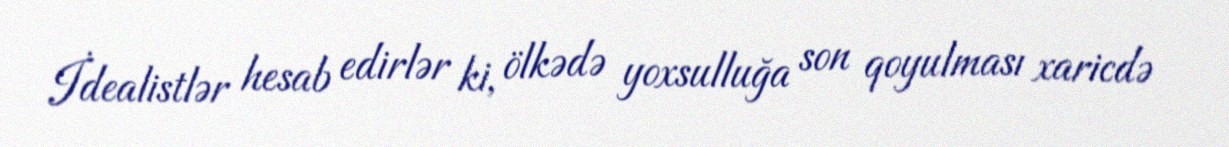
İdealistlər hesab edirlər ki, ölkədə yoxsulluğa son qoyulması xaricdə